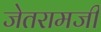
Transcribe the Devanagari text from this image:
जेतरामजी